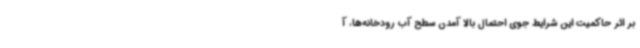
بر اثر حاکمیت این شرایط جوی احتمال بالا آمدن سطح آب رودخانه‌ها، آ